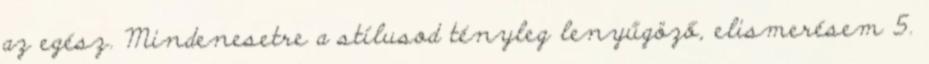
az egész. Mindenesetre a stílusod tényleg lenyűgöző, elismerésem 5.